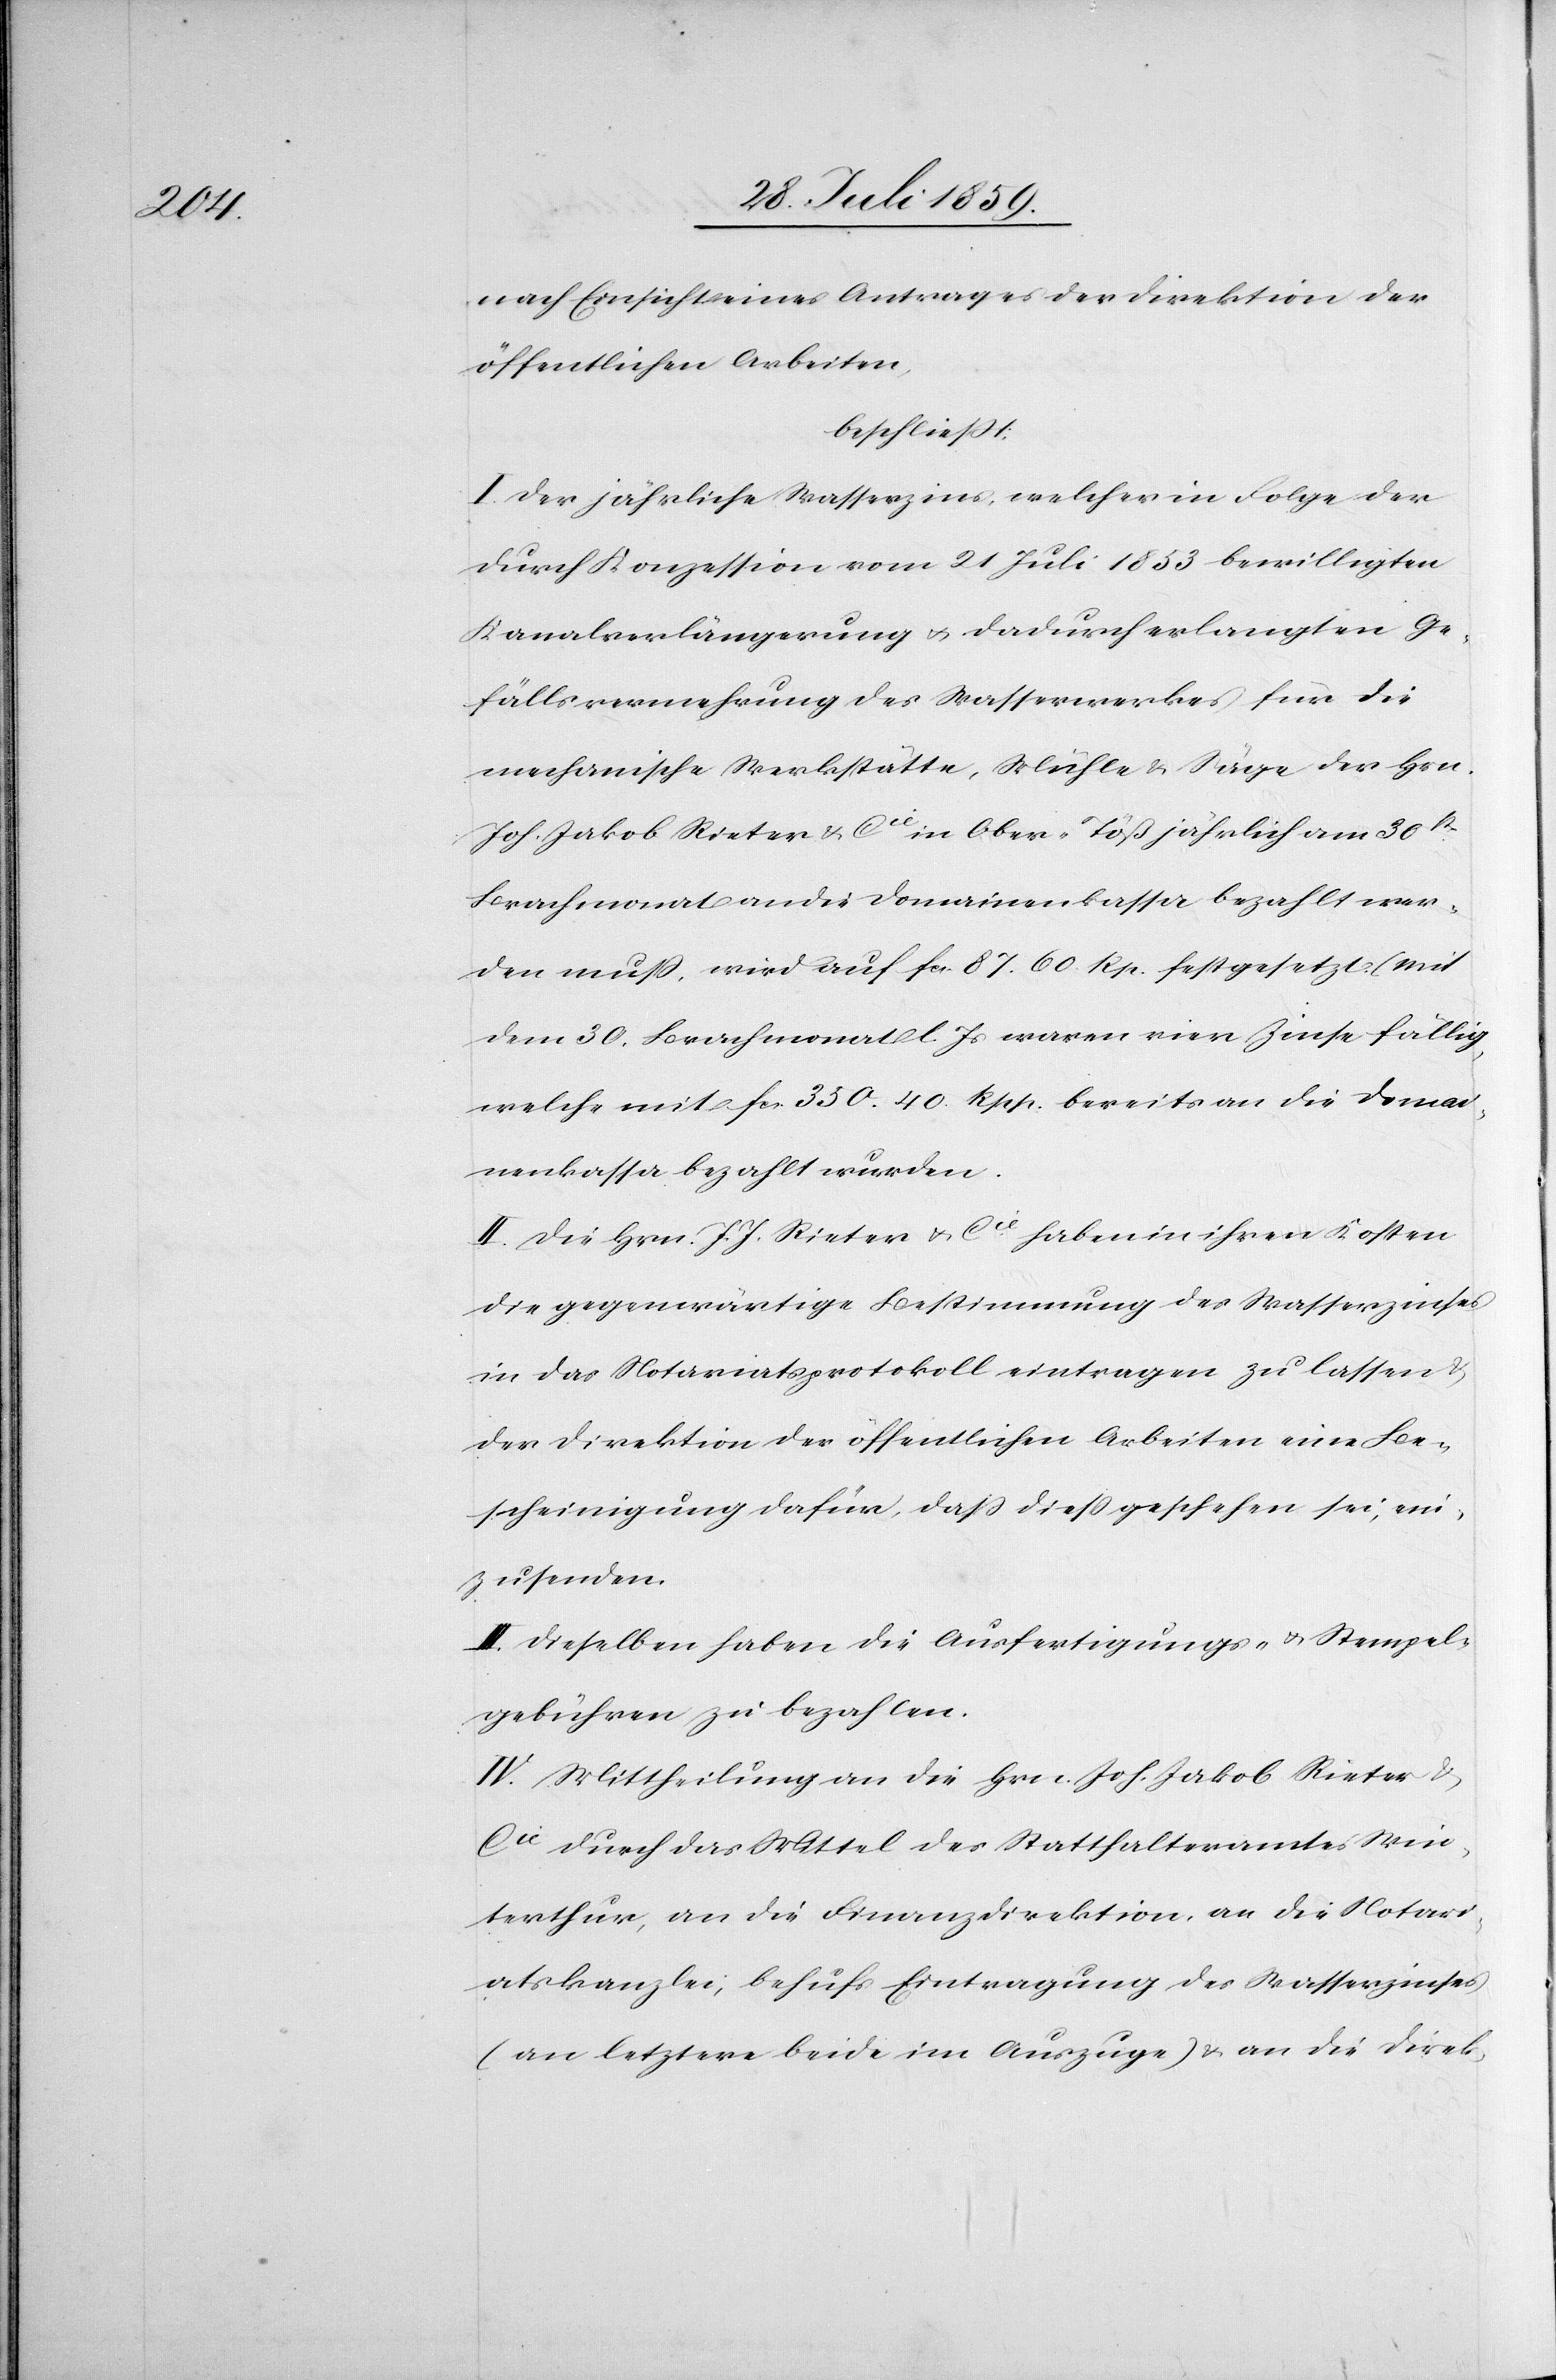
nach Einsicht eines Antrages der Direktion der
öffentlichen Arbeiten,
beschließt:
I. Der jährliche Wasserzins, welcher in Folge der
durch Konzession vom 21 Juli 1853 bewilligten
Kanalsverlängerung u. dadurch erlangten Ge¬
fällsvermehrung des Wasserwerkes für die
mechanische Werkstätte, Mühle u. Säge der Hrn.
Joh. Jakob Rieter & Cie. in Ober-Töß jährlich am 30st.
Brachmonat an die Domainenkassa bezahlt wer¬
den muß, wird auf fcs. 87. 60. Rp. festgesetzt (mit
dem 30. Brachmonat l. Js. waren vier Zinse fällig
welche mit fcs. 350. 40 Rpp. bereits an die Domai¬
nenkassa bezahlt wurden[)].
II. Die Hrn. J. J. Rieter & Cie. haben in ihren Kosten
die gegenwärtige Bestimmung des Wasserzinses
in das Notariatsprotokoll eintragen zu lassen u.
der Direktion der öffentlichen Arbeiten eine Be¬
scheinigung dafür, daß dieß geschehen sei, ein¬
zusenden.
III. Dieselben haben die Ausfertigungs- u. Stempel¬
gebühren zu bezahlen.
IV. Mittheilung an die Hrn. Joh. Jakob Rieter &
Cie durch das Mittel des Statthalteramtes Win¬
terthur, an die Finanzdirektion, an die Notari¬
atskanzlei, behufs Eintragung des Wasserzinses
(an letztere beide im Auszuge) u. an die Direk-